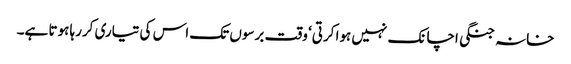
خانہ جنگی اچانک نہیں ہوا کرتی‘ وقت برسوں تک اس کی تیاری کررہا ہوتا ہے۔